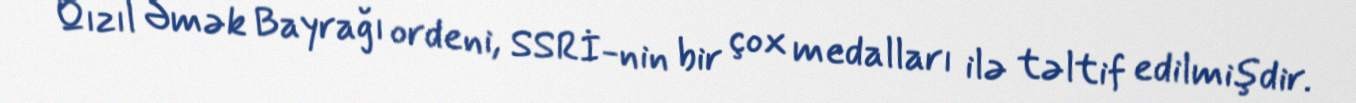
Qızıl Əmək Bayrağı ordeni, SSRİ-nin bir çox medalları ilə təltif edilmişdir.